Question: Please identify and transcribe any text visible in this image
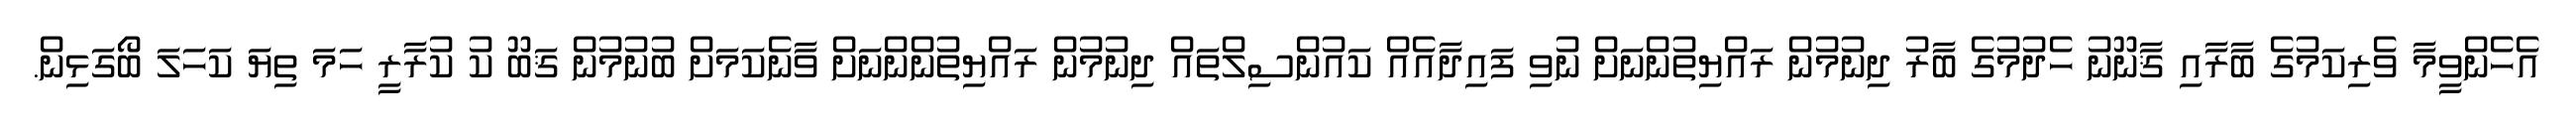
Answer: އެހެންވީމާ ވެރިކަމުގެ ބާރާއި ޤާނޫނު ހެދުމުގެ ބާރު ދިނުމުން ރައްޔިތުންނަށް ނުވި ފައިދާއެއް ކައުންސިލްތައް ދިނުމުން ރައްޔިތުންންނަށް ވާނެކަމަށް ބުނުމުން ޤަބޫ ކު ކުރާރީ ހަމަ ތިޔަ ކަހަލަ ބޯގަޅިން.